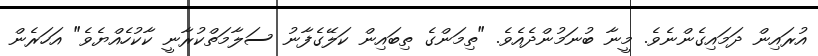
އުރައިން ދަމައިގެންނެވެ. މީނާ ބުނަމުންދެއެވެ. "ތިމަންގެ ތިބައިން ކަލޭގެފާނު ސަލާމަތްކުރާނީ ކާކުހެއްޔެވެ" އަހަރެން